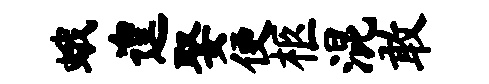
蛾遑娶便柩混敢